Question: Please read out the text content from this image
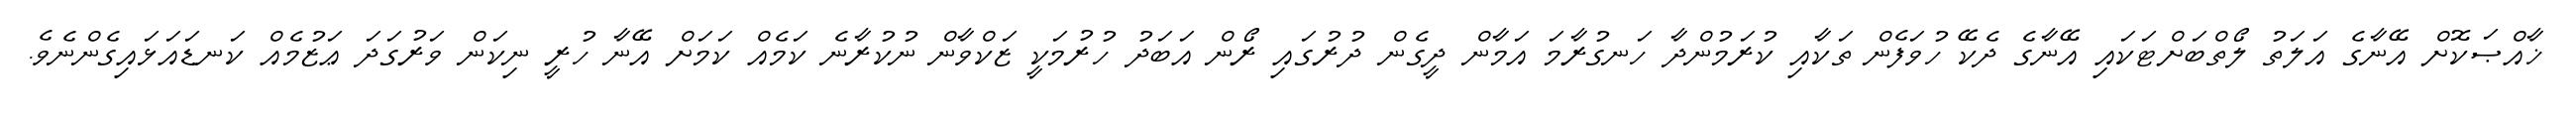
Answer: ޚާއްޞަކޮށް އޭނާގެ އަލަތު ލޯތްބަށްޓަކައި އޭނާގެ ދެކޭ ހުވަފެން ތަކާއި ކުރަމުންދާ ހަނގުރާމަ އަމާން ދީގެން ދުރުގައި ރޯން އަބަދު ހުރުމަކީ ޒަކްވާން ނުކުރާނެ ކަމެއް ކަމަށް އޭނާ ހުރީ ނިކަން ވަރުގަދަ ޢަޒުމެއް ކަނޑައަޅައިގެންނެވެ.